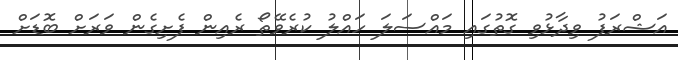
އަޝްރަފު ވިދާޅުވި ގޮތުގައި މައްސަލަ ހައްލު ކުރެވޭތޯ ރެއިން ފެށިގެން ވަރަށް ބޮޑަށް